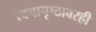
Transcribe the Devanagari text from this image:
त्वचापृष्ठावरही